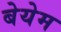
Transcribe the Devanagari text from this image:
बेयेम